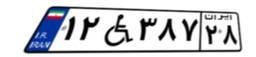
۱۲W۳۸۷۲۸